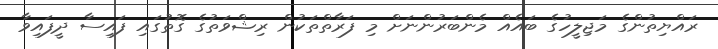
ރައްޔިތުންގެ މަޖިލީހުގެ ބައެއް މެންބަރުންނަށް މި ފަރާތްތަކުން ރިޝްވަތުގެ ގޮތުގައި ފައިސާ ދީފައިވާ